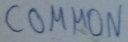
Text: COMMON